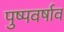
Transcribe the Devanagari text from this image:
पुष्पवर्षाव